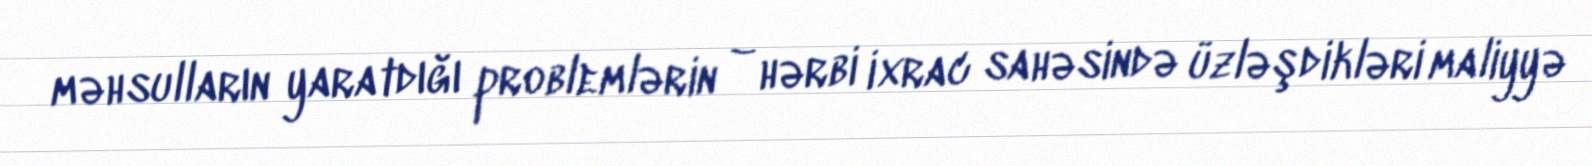
məhsulların yaratdığı problemlərin – hərbi ixrac sahəsində üzləşdikləri maliyyə